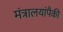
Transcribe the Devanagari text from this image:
मंत्रालयांपैकी